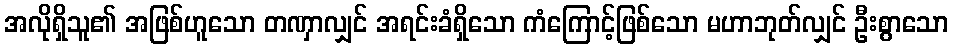
အလိုရှိသူ၏ အဖြစ်ဟူသော တဏှာလျှင် အရင်းခံရှိသော ကံကြောင့်ဖြစ်သော မဟာဘုတ်လျှင် ဦးစွာသော